Scottish Leaving Certificate Examination, 1960
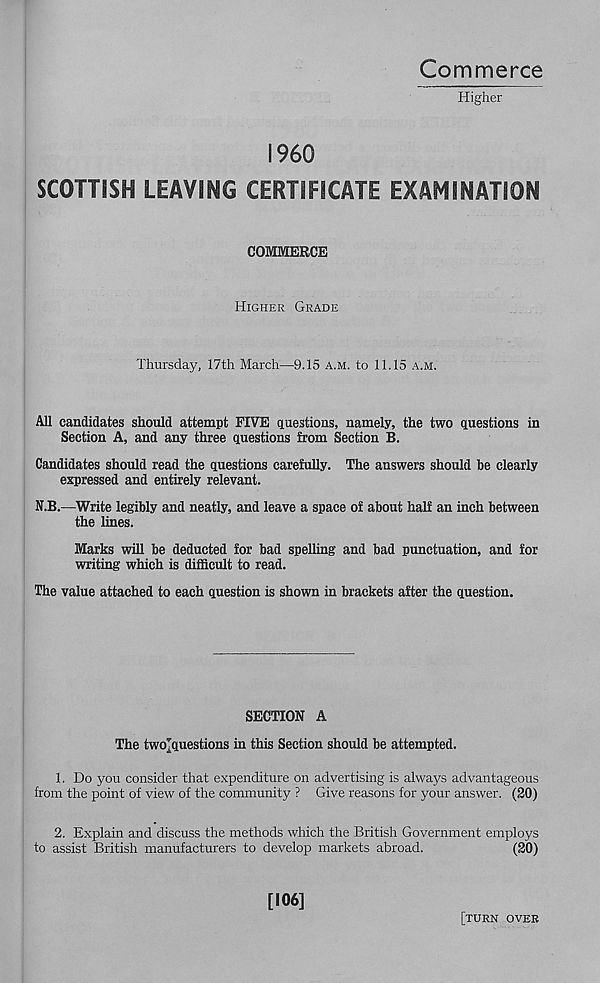
Commerce
Higher
I960
SCOTTISH LEAVING CERTIFICATE EXAMINATION
COMMERCE
Higher Grade
Thursday, 17th March—9.15 a.m. to 11.15 am.
All candidates should attempt FIVE questions, namely, the two questions in
Section A, and any three questions from Section B.
Candidates should read the questions carefully. The answers should he clearly
expressed and entirely relevant.
N.B.—Write legibly and neatly, and leave a space of about half an inch between
the lines.
Marks will be deducted for bad spelling and bad punctuation, and for
writing which is difficult to read.
The value attached to each question is shown in brackets after the question.
SECTION A
The twojquestions in this Section should be attempted.
1. Do you consider that expenditure on advertising is always advantageous
from the point of view of the community ? Give reasons for your answer. (20)
2. Explain and discuss the methods which the British Government employs
to assist British manufacturers to develop markets abroad.
(20)
[106]
[turn over